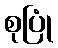
စုပြုံ